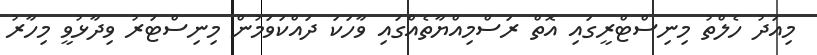
މިއަދު ހެލްތު މިނިސްޓްރީގައި އޮތް ރަސްމިއްޔާތެއްގައި ވާހަކަ ދައްކަވަމުން މިނިސްޓަރު ވިދާޅުވީ މިހާރު